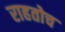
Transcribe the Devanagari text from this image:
राहतोच